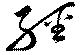
経